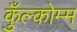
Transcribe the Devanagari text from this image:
कुँल्कोम्म